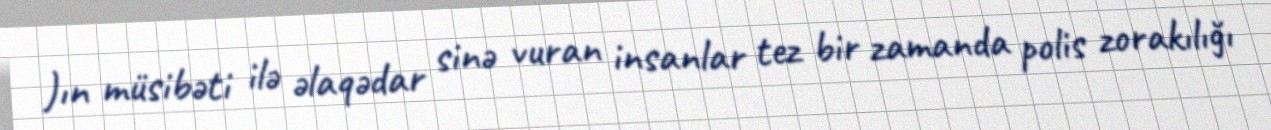
)ın müsibəti ilə əlaqədar sinə vuran insanlar tez bir zamanda polis zorakılığı